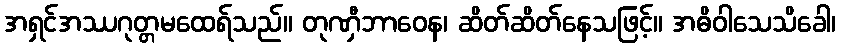
အရှင်အဿဂုတ္တမထေရ်သည်။ တုဏှီဘာဝေန၊ ဆိတ်ဆိတ်နေသဖြင့်။ အဓိဝါသေသိခေါ၊